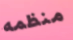
منظمه